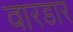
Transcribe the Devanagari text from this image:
वारडार